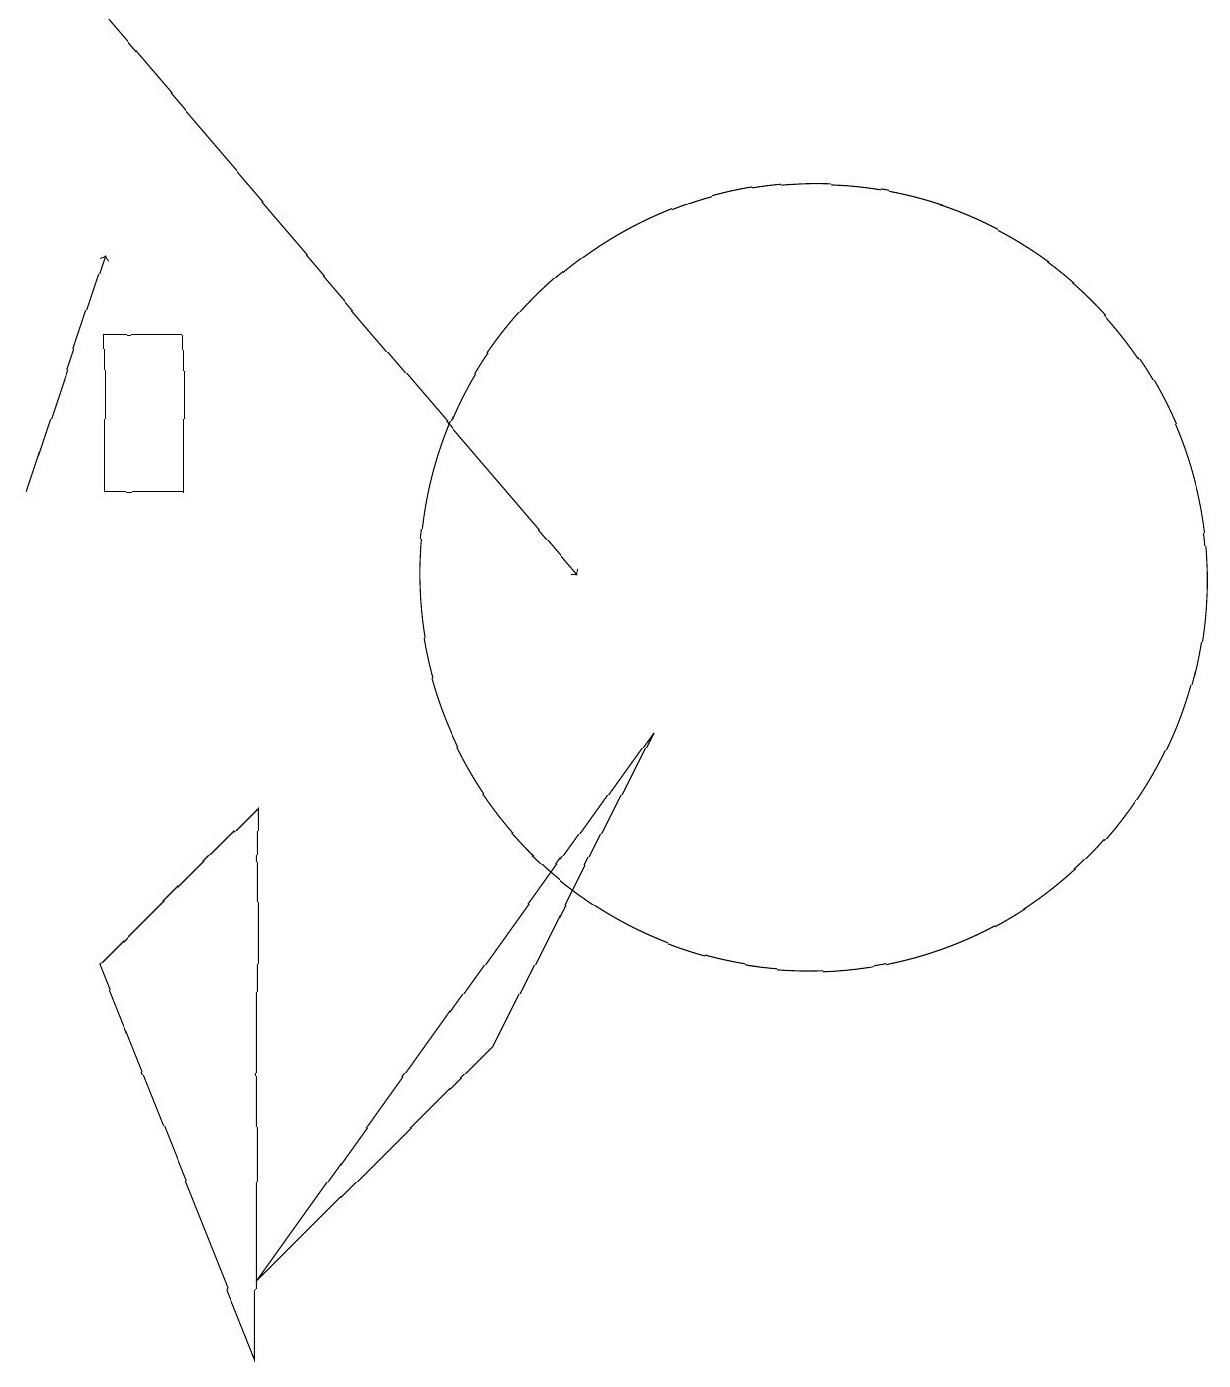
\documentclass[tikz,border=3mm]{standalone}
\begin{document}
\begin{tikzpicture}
\draw (9,9) -- (7,5) -- (4,2) -- cycle;
\draw[->] (2,18) -- (8,11);
\draw (11,11) circle (0);
\draw (11,11) circle (5);
\draw (4,8) -- (2,6) -- (4,1) -- cycle;
\draw (2,12) rectangle (3,14);
\draw[->] (1,12) -- (2,15);
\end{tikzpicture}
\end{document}